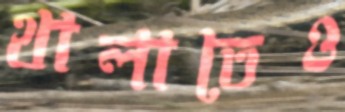
থালাতেও